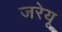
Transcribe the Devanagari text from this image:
जरेयू